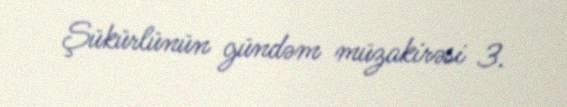
Şükürlünün gündəm müzakirəsi 3.